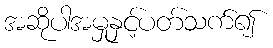
အဆိုပါအမှုနှင့်ပတ်သက်၍